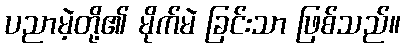
ပညာမဲ့တို့၏ မိုက်မဲ ခြင်းသာ ဖြစ်သည်။